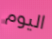
اليوم